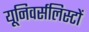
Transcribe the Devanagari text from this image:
यूनिवर्सलिस्टों